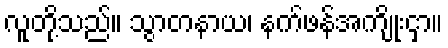
လူတို့သည်။ သွာတနာယ၊ နက်ဖန်အကျိုးငှာ။